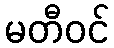
မတီဝင်